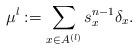
LaTeX: \begin{align*}\mu^l := \sum_{x\in A^{(l)}} s_{x}^{n-1} \delta_{x}.\end{align*}